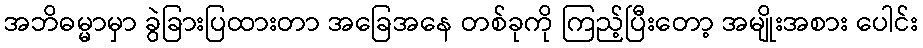
အဘိဓမ္မာမှာ ခွဲခြားပြထားတာ အခြေအနေ တစ်ခုကို ကြည့်ပြီးတော့ အမျိုးအစား ပေါင်း